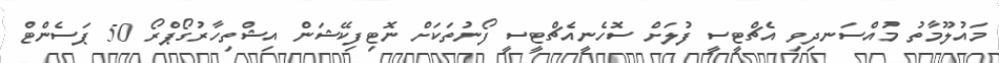
މައުލޫމާތު މުއްސަނދިވި އެޗްޓީސީ ފުލަށް ސޮހެނީއެޗްޓީސީ ފޯނުތަކަށް ނޮޓިފިކޭޝަން އިޝްތިހާރުގޯޕްރޯ 50 ޕަސެންޓް